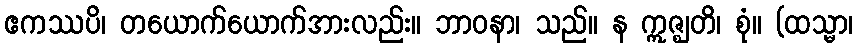
ဧကဿပိ၊ တယောက်ယောက်အားလည်း။ ဘာဝနာ၊ သည်။ န ဣဇ္ဈတိ၊ စုံ။ (ထသ္မာ၊